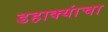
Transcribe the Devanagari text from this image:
डहाक्यांचा